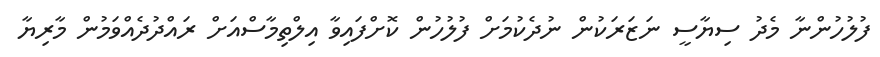
ފުލުހުންނާ މެދު ސިޔާސީ ނަޒަރަކުން ނުދެކުމަށް ފުލުހުން ކޮށްފައިވާ އިލްތިމާސްއަށް ރައްދުދެއްވަމުން މާރިޔާ